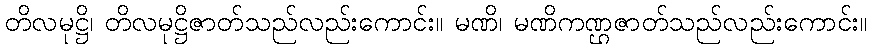
တိလမုဋ္ဌိ၊ တိလမုဋ္ဌိဇာတ်သည်လည်းကောင်း။ မဏိ၊ မဏိကဏ္ဌဇာတ်သည်လည်းကောင်း။